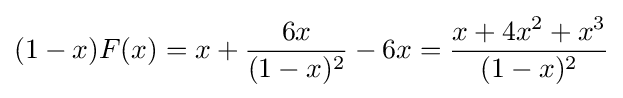
(1-x)F(x)=x+{\frac {6x}{(1-x)^{2}}}-6x={\frac {x+4x^{2}+x^{3}}{(1-x)^{2}}}